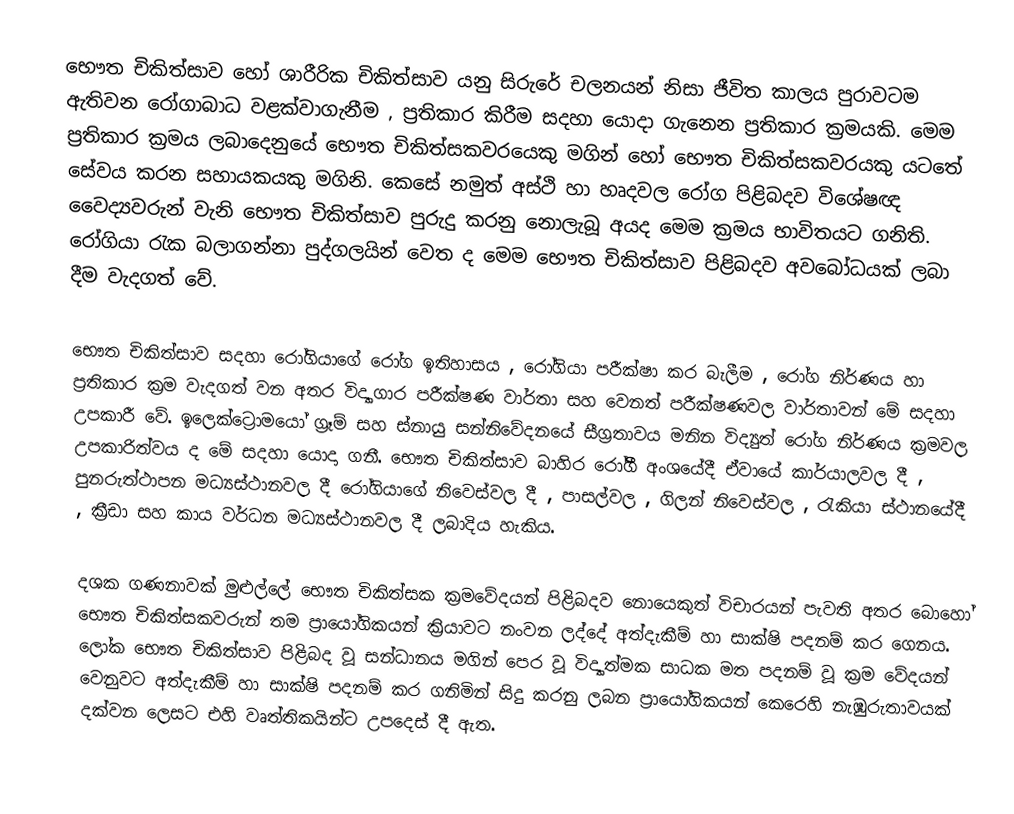
භෞත චිකිත්සාව හෝ ශාරීරික චිකිත්සාව යනු සිරුරේ චලනයන් නිසා ජීවිත කාලය පුරාවටම ඇතිවන රෝගාබාධ වළක්වාගැනීම , ප්‍රතිකාර කිරීම සදහා යොදා ගැනෙන ප්‍රතිකාර ක්‍රමයකි. මෙම ප්‍රතිකාර ක්‍රමය ලබාදෙනුයේ භෞත චිකිත්සකවරයෙකු මගින් හෝ භෞත චිකිත්සකවරයකු යටතේ සේවය කරන සහායකයකු මගිනි. කෙසේ නමුත් අස්ථි හා හෘදවල රෝග පිළිබදව විශේෂඥ වෛද්‍යවරුන් වැනි භෞත චිකිත්සාව පුරුදු කරනු නොලැබූ අයද මෙම ක්‍රමය භාවිතයට ගනිති. රෝගියා රැක බලාගන්නා පුද්ගලයින් වෙත ද මෙම භෞත චිකිත්සාව පිළිබදව අවබෝධයක් ලබා දීම වැදගත් වේ.

භෞත චිකිත්සාව සදහා රෝගියාගේ‍ රෝග ඉතිහාසය , රෝගියා පරීක්ෂා කර බැලීම , රෝග නිර්ණය හා ප්‍රතිකාර ක්‍රම වැදගත් වන අතර විද්‍යාගාර පරීක්ෂණ වාර්තා සහ වෙනත් පරීක්ෂණවල වාර්තාවන් මේ සදහා උපකාරී වේ. ඉලෙක්ට්‍රොමයෝ ග්‍රෑම් සහ ස්නායු සන්නිවේදනයේ සීග්‍රතාවය මනින විද්‍යුත් රෝග නිර්ණය ක්‍රමවල උපකාරිත්වය ද මේ සදහා යොදා ගනී. භෞත චිකිත්සාව බාහිර රෝගී අංශයේදී  ඒවායේ කාර්යාලවල දී , පුනරුත්ථාපන මධ්‍යස්ථානවල දී රෝගියාගේ නිවෙස්වල දී , පාසල්වල , ගිලන් නිවෙස්වල , රැකියා ස්ථානයේදී , ක්‍රීඩා සහ කාය වර්ධන මධ්‍යස්ථානවල දී ලබාදිය හැකිය.

දශක ගණනාවක් මුළුල්ලේ භෞත චිකිත්සක ක්‍රමවේදයන් පිළිබදව නොයෙකුත් විචාරයන් පැවති අතර බොහෝ භෞත චිකිත්සකවරුන් තම ප්‍රායෝගිකයන් ක්‍රියාවට නංවන ලද්දේ අත්දැකීම් හා සාක්ෂි පදනම් කර ගෙනය. ලෝක භෞත චිකිත්සාව පිළිබද වූ සන්ධානය මගින් පෙර වූ විද්‍යාත්මක සාධක මත පදනම් වූ ක්‍රම වේදයන් වෙනුවට අත්දැකීම් හා සාක්ෂි පදනම් කර ගනිමින් සිදු කරනු ලබන ප්‍රායෝගිකයන් කෙරෙහි නැඹුරුතාවයක් දක්වන ලෙසට එහි වෘත්තිකයින්ට උපදෙස් දී ඇත.